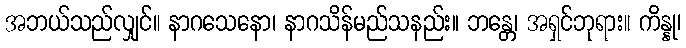
အဘယ်သည်လျှင်။ နာဂသေနော၊ နာဂသိန်မည်သနည်း။ ဘန္တေ၊ အရှင်ဘုရား။ ကိန္နု၊